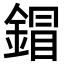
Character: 𨩩